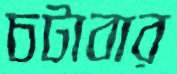
চটাবার